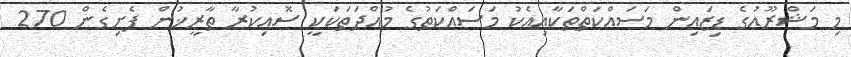
މި މަޝްރޫޢުގެ ޑިޒައިން މަސައްކަތްތަކާއިއެކު މަސައްކަތުގެ މުއްދަތަކަކީ ސޮއިކުރާ ތާރީޚުން ފެށިގެން 270